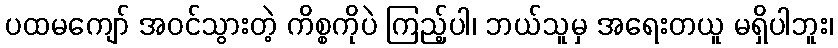
ပထမကျော် အဝင်သွားတဲ့ ကိစ္စကိုပဲ ကြည့်ပါ၊ ဘယ်သူမှ အရေးတယူ မရှိပါဘူး၊